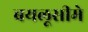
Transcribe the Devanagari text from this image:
बयलूसीमे